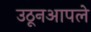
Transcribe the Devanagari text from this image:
उठूनआपले